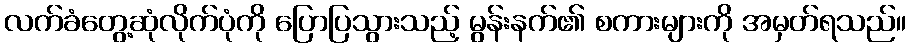
လက်ခံတွေ့ဆုံလိုက်ပုံကို ပြောပြသွားသည့် မွန်းနက်၏ စကားများကို အမှတ်ရသည်။